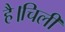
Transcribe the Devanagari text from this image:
है।चिली